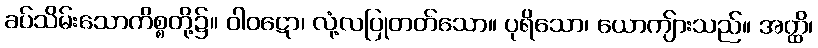
ခပ်သိမ်းသောကိစ္စတို့၌။ ဝါဝဋော၊ လုံ့လပြုတတ်သော။ ပုရိသော၊ ယောကျ်ားသည်။ အတ္ထိ၊